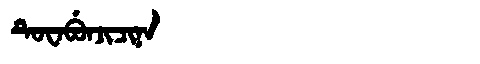
Manchu: ᡨᡠᠸᠠᠪᡠᠨᠵᡳᠴᡳᠨᠠ
Romanization: TUWABUNJICINA